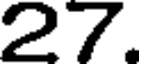
27.